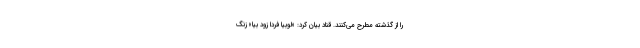
را از گذشته مطرح می‌کنند. قناد بیان کرد: «لوبیا فردا زود بیا» زنگ